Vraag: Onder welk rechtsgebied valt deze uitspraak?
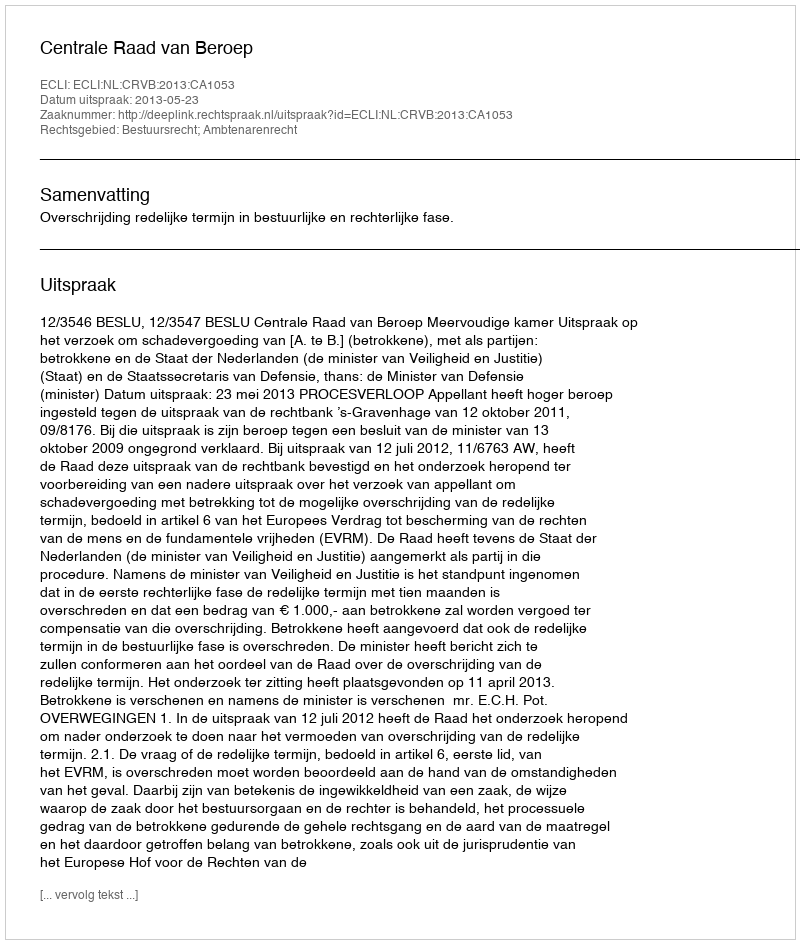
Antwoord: Bestuursrecht; Ambtenarenrecht